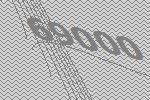
69000